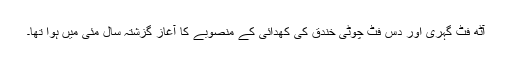
آٹھ فٹ گہری اور دس فٹ چوٹی خندق کی کھدائی کے منصوبے کا آغاز گزشتہ سال مئی میں ہوا تھا۔